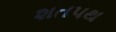
શતપથ